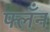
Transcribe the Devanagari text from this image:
फ्लँन